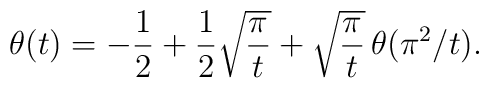
\theta(t)=-\frac{1}{2}+\frac{1}{2}\sqrt{\frac{\pi}{t}}+\sqrt{\frac{\pi}{t}}\,\theta(\pi^2/t).